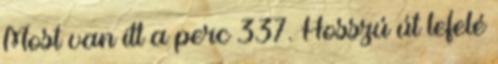
Most van itt a perc 337. Hosszú út lefelé